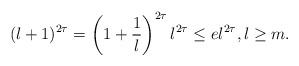
LaTeX: \begin{align*}(\l+1)^{2\tau} = \left( 1 + \frac{1}{\l} \right)^{2\tau} \l^{2\tau} \leq e \l^{2\tau}, \l \geq m.\end{align*}